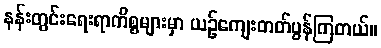
နန်းတွင်းရေးရာကိစ္စများမှာ ယဉ်ကျေးတတ်ပွန်ကြတယ်။